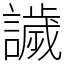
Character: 𧬨